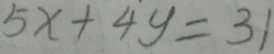
5 x + 4 y = 3 1